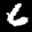
Label: 6